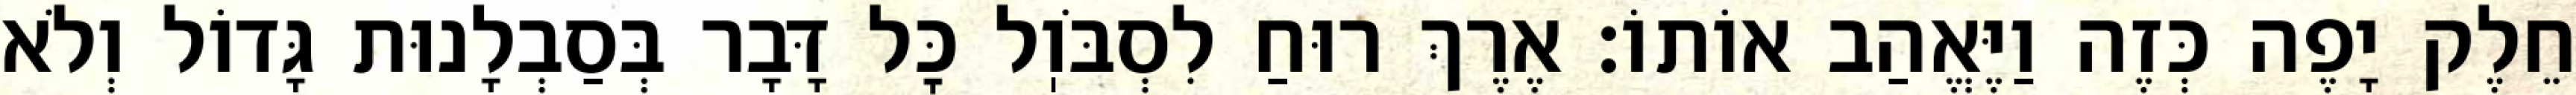
חֵלֶק יָפֶה כְּזֶה וַיֶּאֱהַב אוֹתוֹ: אֶרֶךְ רוּחַ לִסְבֹּוֽל כׇּל דָּבָר בְּסַבְלָנוּת גָּדוֹל וְלֹא